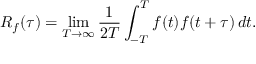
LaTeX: R _ { f } ( \tau ) = \operatorname* { l i m } _ { T \rightarrow \infty } { \frac { 1 } { 2 T } } \int _ { - T } ^ { T } f ( t ) f ( t + \tau ) \, d t .